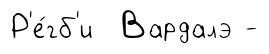
Р'е́гб'и Вардалэ -